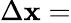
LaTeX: \Delta\mathbf{x}=